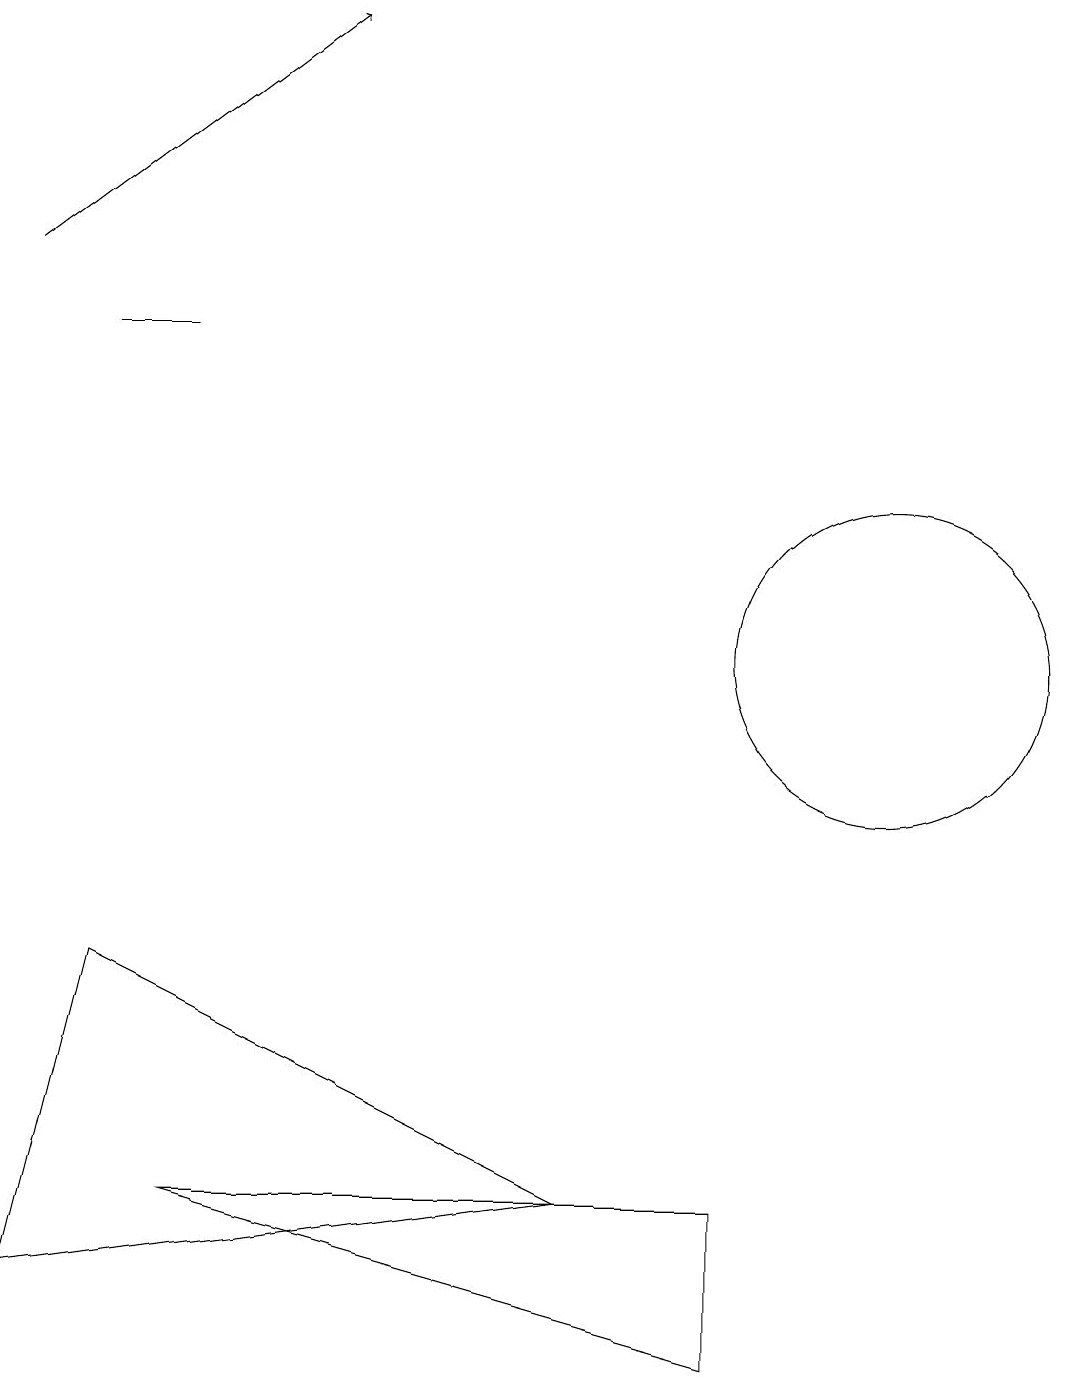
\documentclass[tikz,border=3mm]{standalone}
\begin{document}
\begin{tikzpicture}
\draw (2,3) -- (9,3) -- (9,1) -- cycle;
\draw (0,2) -- (7,3) -- (1,6) -- cycle;
\draw (11,10) circle (2);
\draw (2,14) rectangle (1,14);
\draw[->] (0,15) -- (4,18);
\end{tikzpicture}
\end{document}